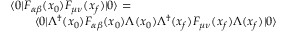
\begin{array} { r } { \langle 0 | F _ { \alpha \beta } ( x _ { 0 } ) F _ { \mu \nu } ( x _ { f } ) | 0 \rangle = \qquad \qquad \qquad \qquad \qquad \qquad } \\ { \langle 0 | \Lambda ^ { \dagger } ( x _ { 0 } ) F _ { \alpha \beta } ( x _ { 0 } ) \Lambda ( x _ { 0 } ) \Lambda ^ { \dagger } ( x _ { f } ) F _ { \mu \nu } ( x _ { f } ) \Lambda ( x _ { f } ) | 0 \rangle } \end{array}